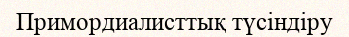
Примордиалисттық түсіндіру